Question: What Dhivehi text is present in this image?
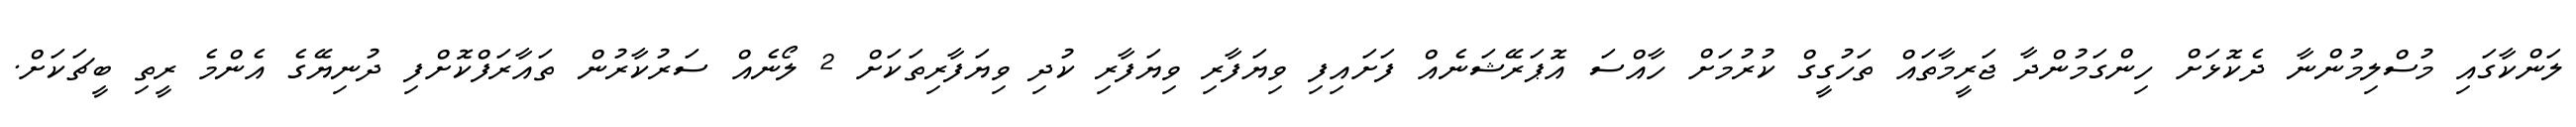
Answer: ލަންކާގައި މުސްލިމުންނާ ދެކޮޅަށް ހިންގަމުންދާ ޖަރީމާތައް ތަހުގީގް ކުރުމަށް ހާއްސަ އޮޕަރޭޝަނެއް ފަށައިފި ވިޔަފާރި ވިޔަފާރި ކުދި ވިޔަފާރިތަކަށް 2 ލޯނެއް ސަރުކާރުން ތައާރަފްކޮށްފި ދުނިޔޭގެ އެންމެ ރީތި ބީޗަކަށް.